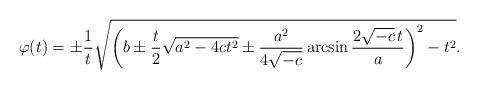
LaTeX: \begin{align*} \varphi(t) = \pm \frac{1}{t} \sqrt{ \left(b \pm \frac{t}{2} \sqrt{a^2 - 4ct^2} \pm \frac{a^2}{4 \sqrt{-c}} \arcsin \frac{2\sqrt{-c}\,t}{a} \right)^2 - t^2 }.\end{align*}